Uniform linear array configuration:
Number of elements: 48
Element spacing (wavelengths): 1
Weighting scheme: binomial
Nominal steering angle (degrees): -45
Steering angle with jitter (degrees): -46.233
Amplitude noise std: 0.05
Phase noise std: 0.05

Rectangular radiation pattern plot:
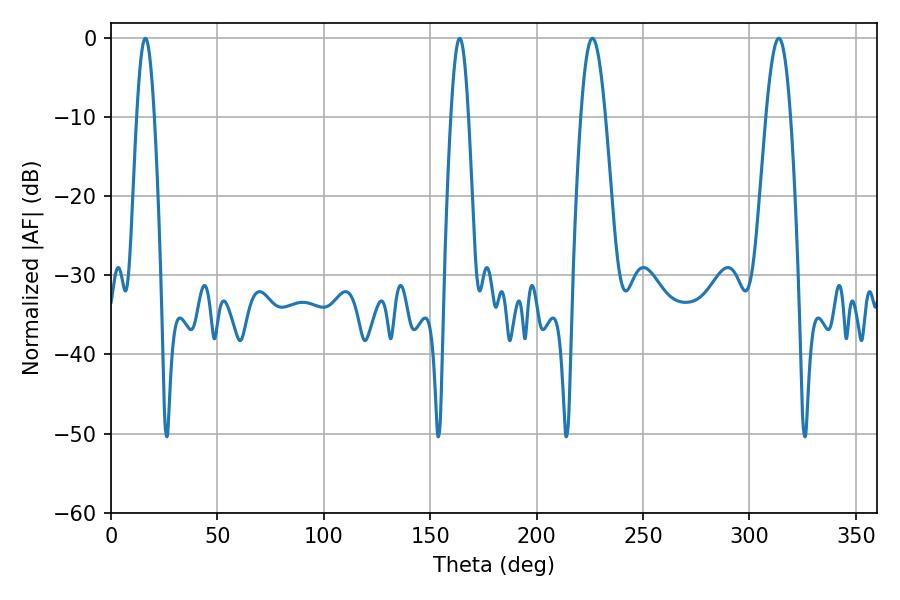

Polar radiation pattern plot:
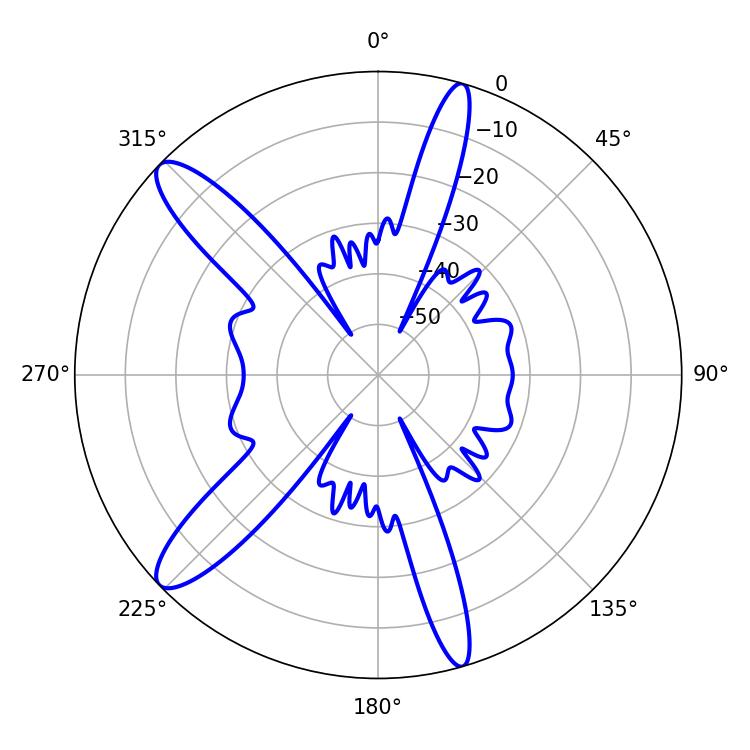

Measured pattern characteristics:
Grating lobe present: TRUE
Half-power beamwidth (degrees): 6.12
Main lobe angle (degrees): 226.26